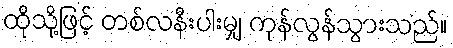
ထိုသို့ဖြင့် တစ်လနီးပါးမျှ ကုန်လွန်သွားသည်။